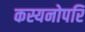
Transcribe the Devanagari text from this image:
कस्यनोपरि